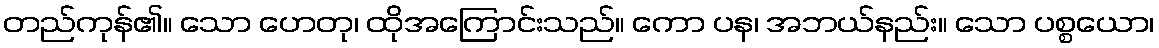
တည်ကုန်၏။ သော ဟေတု၊ ထိုအကြောင်းသည်။ ကော ပန၊ အဘယ်နည်း။ သော ပစ္စယော၊